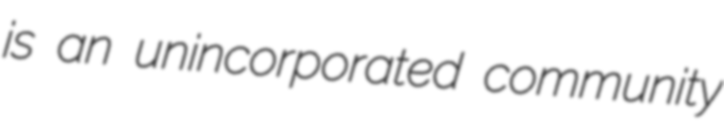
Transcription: is an unincorporated community